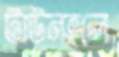
টাউনহলে